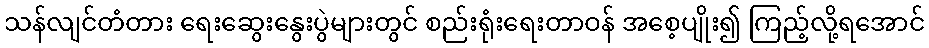
သန်လျင်တံတား ရေးဆွေးနွေးပွဲများတွင် စည်းရုံးရေးတာဝန် အစေ့ပျိုး၍ ကြည့်လို့ရအောင်